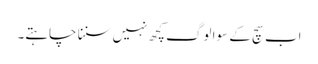
اب سچ کے سوا لوگ کچھ نہیں سننا چاہتے۔